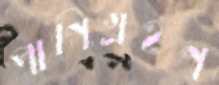
পাণিগ্রহণ